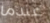
عندما